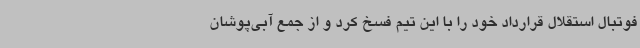
فوتبال استقلال قرارداد خود را با این تیم فسخ کرد و از جمع آبی‌پوشان